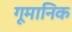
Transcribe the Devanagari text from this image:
गूमानिक